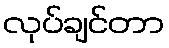
လုပ်ချင်တာ